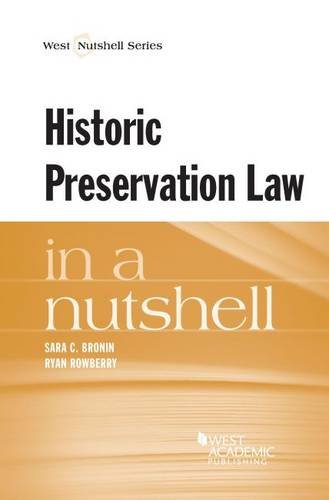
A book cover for Historic Preservation Law in a Nutshell; Sara Bronin; Business & Money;